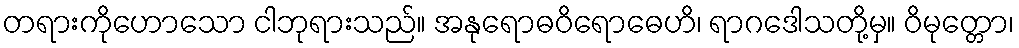
တရားကိုဟောသော ငါဘုရားသည်။ အနုရောဓဝိရောဓေဟိ၊ ရာဂဒေါသတို့မှ။ ဝိမုတ္တော၊